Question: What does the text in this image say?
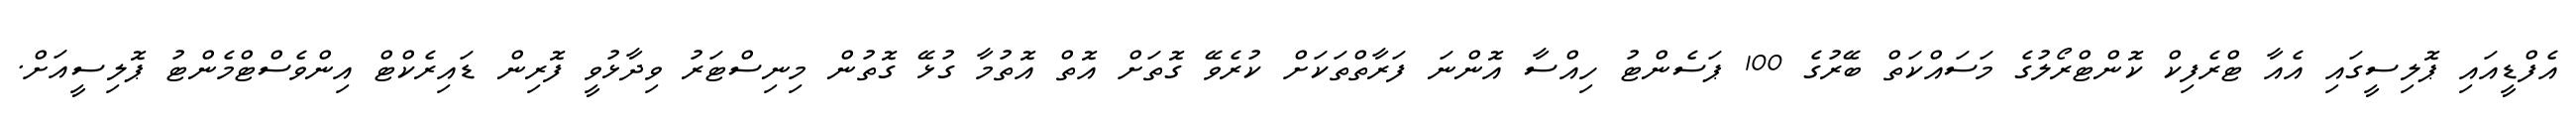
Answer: އެފްޑީއައި ޕޮލިސީގައި އެއާ ޓްރެފިކް ކޮންޓްރޯލުގެ މަސައްކަތް ބޭރުގެ 100 ޕަސެންޓު ހިއްސާ އޮންނަ ފަރާތްތަކަށް ކުރެވޭ ގޮތަށް އޮތް އޮތުމާ ގުޅޭ ގޮތުން މިނިސްޓަރު ވިދާޅުވީ ފޮރިން ޑައިރެކްޓް އިންވެސްޓްމެންޓު ޕޮލިސީއަށް.